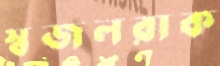
স্বজলরাক